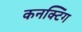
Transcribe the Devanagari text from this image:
कनक्टिंग